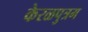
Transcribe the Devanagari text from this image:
केरळपुत्रम